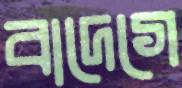
বাদেগে